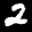
Label: 2